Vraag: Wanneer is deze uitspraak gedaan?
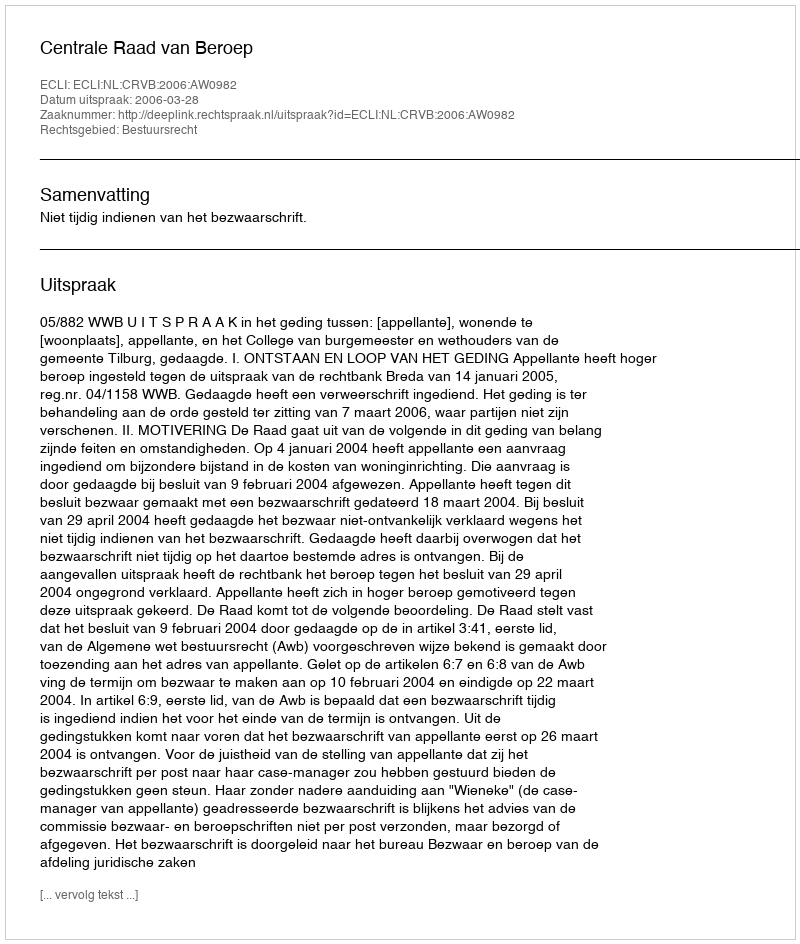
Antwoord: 2006-03-28